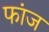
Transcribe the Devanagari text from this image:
फांज